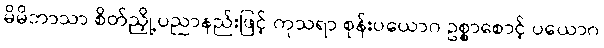
မိမိဘာသာ စိတ်ညှို့ပညာနည်းဖြင့် ကုသရာ စုန်းပယောဂ ဥစ္စာစောင့် ပယောဂ